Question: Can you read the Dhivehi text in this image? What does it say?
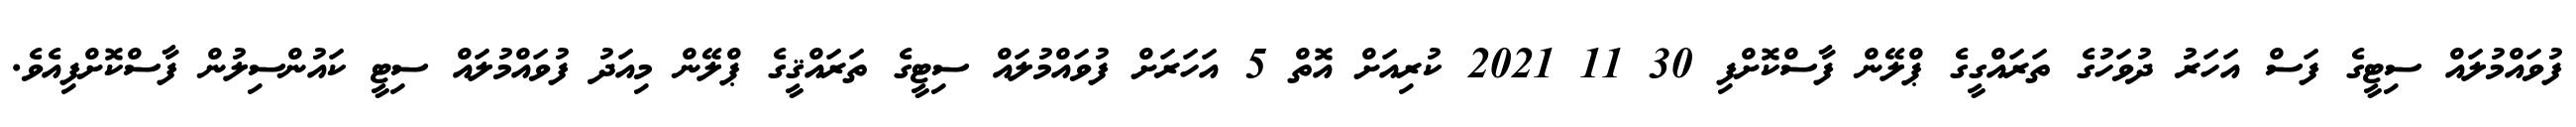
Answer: ފުވައްމުލައް ސިޓީގެ ފަސް އަހަރު ދުވަހުގެ ތަރައްގީގެ ޕްލޭން ފާސްކޮށްފި 30 11 2021 ކުރިއަށް އޮތް 5 އަހަރަށް ފުވައްމުލައް ސިޓީގެ ތަރައްޤީގެ ޕްލޭން މިއަދު ފުވައްމުލައް ސިޓީ ކައުންސިލުން ފާސްކޮށްފިއެވެ.